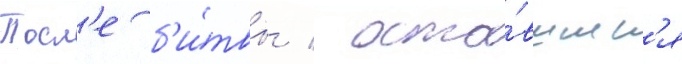
Посл'е б'и́твы / оста́вшиес'я